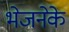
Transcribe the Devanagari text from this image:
भेजनेके